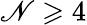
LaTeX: \mathscr{N}\geqslant4